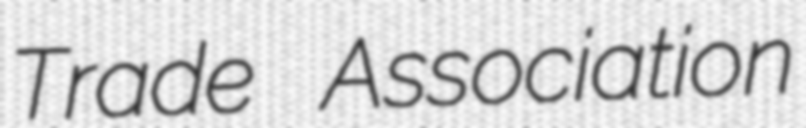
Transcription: Trade Association